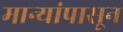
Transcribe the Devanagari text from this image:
मान्यांपासून